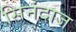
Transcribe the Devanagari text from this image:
सिनंदाज